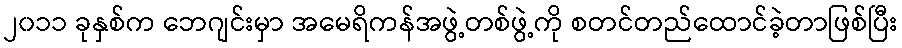
၂၀၁၁ ခုနှစ်က ဘေဂျင်းမှာ အမေရိကန်အဖွဲ့တစ်ဖွဲ့ကို စတင်တည်ထောင်ခဲ့တာဖြစ်ပြီး